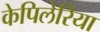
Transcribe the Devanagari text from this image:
केपिलेरिया